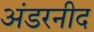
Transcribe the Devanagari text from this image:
अंडरनीद